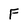
Character: F